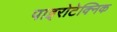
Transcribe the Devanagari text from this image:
पाइरोटेक्निक